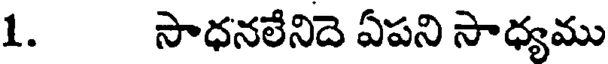
1. సాధనలేనిదె ఏపని సాధ్యము